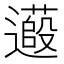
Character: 𬩞